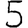
Digit: 5